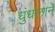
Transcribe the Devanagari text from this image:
धुंधलाने